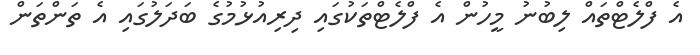
އެ ފްލެޓްތައް ލިބުނު މީހުން އެ ފްލެޓްތަކުގައި ދިރިއުޅުމުގެ ބަދަލުގައި އެ ތަންތަން